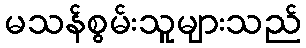
မသန်စွမ်းသူများသည်